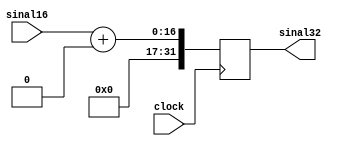
module extensor16_32(clock, sinal16, sinal32);

input [15:0]sinal16;
input clock;
output reg [31:0]sinal32;

always @ (posedge clock)begin
  sinal32 = sinal16 + 32'b00000000000000000000000000000000;
end
endmodule